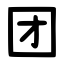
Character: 团